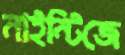
নাইন্টিজে